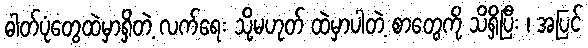
ဓါတ်ပုံတွေထဲမှာရှိတဲ့ လက်ရေး သို့မဟုတ် ထဲမှာပါတဲ့ စာတွေကို သိရှိပြီး ၊ အပြင်